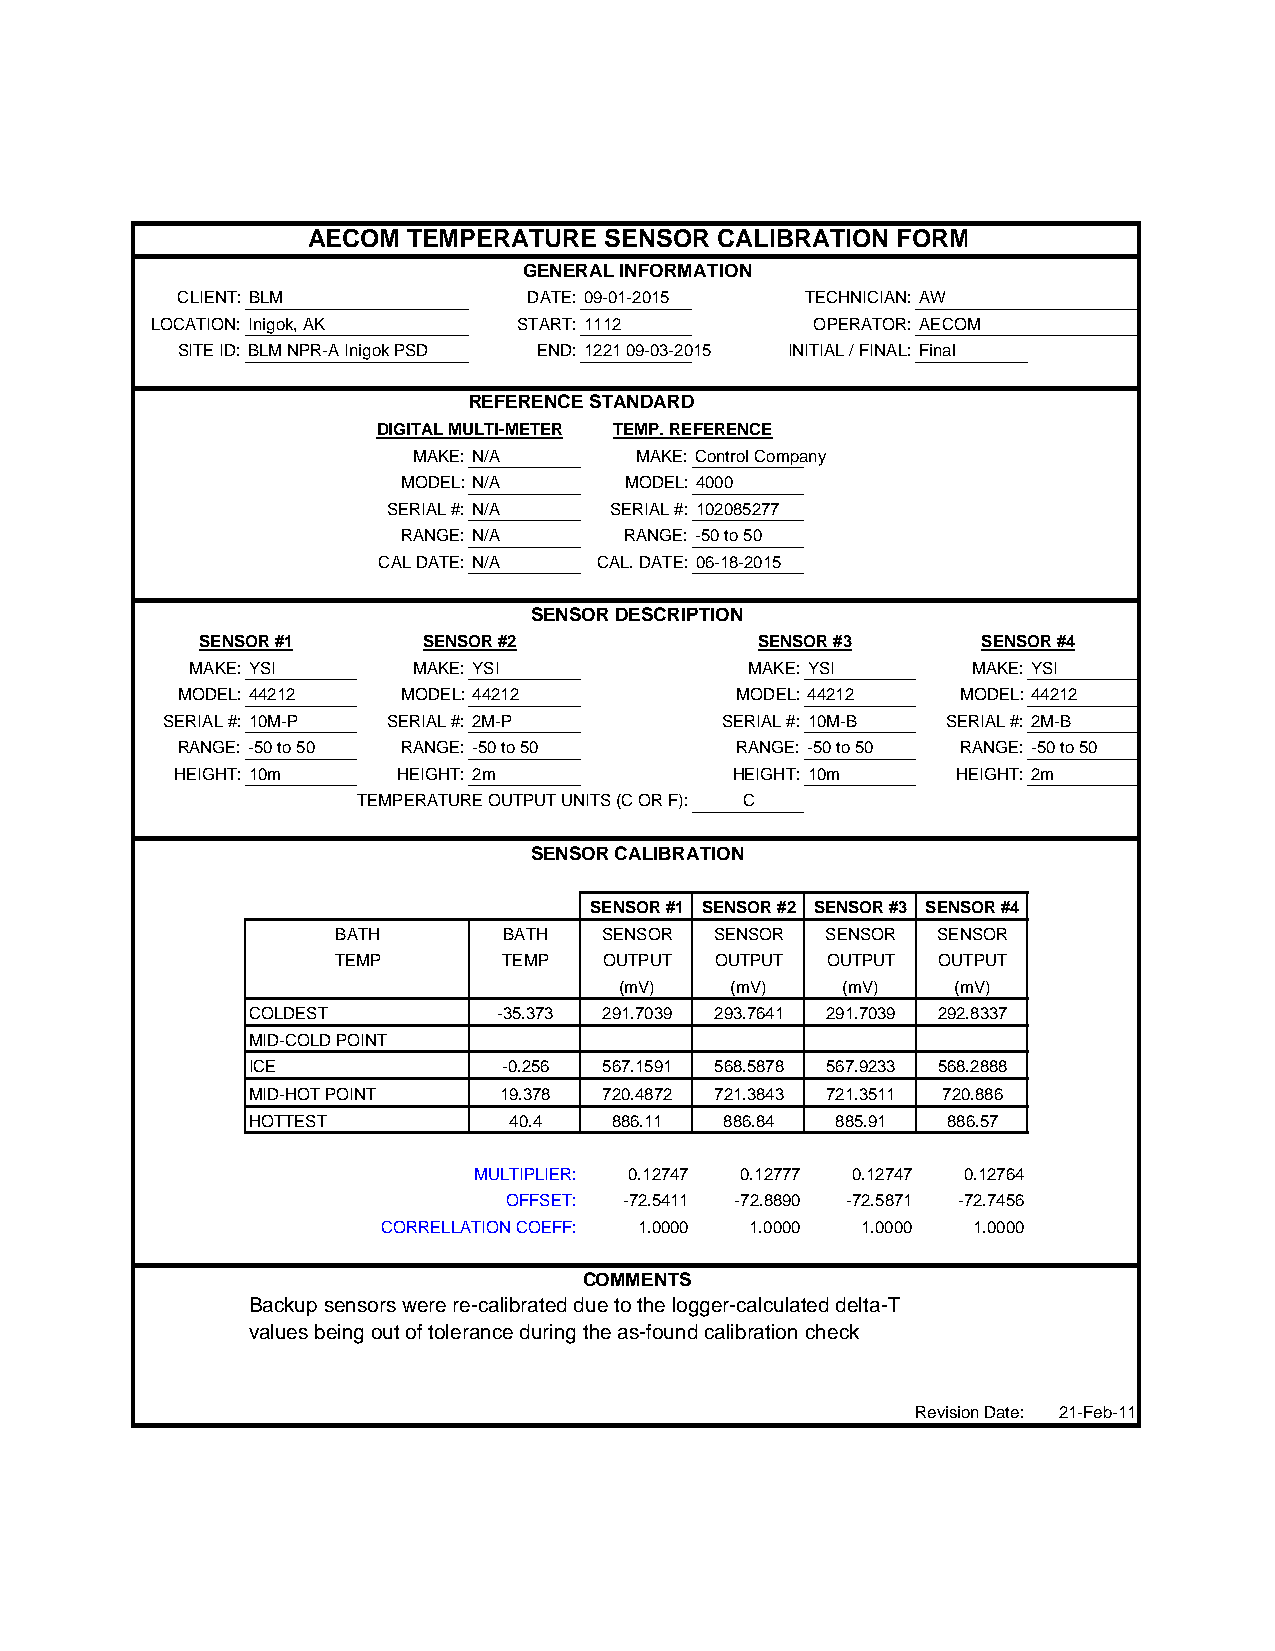
AECOM  TEMPERATURE  SENSOR CALIBRATION FORM
 GENERAL INFORMATION
 CLIENT: BLM            DATE: 09-01-2015  TECHNICIAN: AW
 LOCATION: Inigok, AK    START: 1112         OPERATOR: AECOM
 SITE ID: BLM NPR-A Inigok PSD END: 1221 09-03-2015 INITIAL / FINAL: Final
 REFERENCE STANDARD
 DIGITAL MULTI-METER TEMP. REFERENCE
 MAKE: N/A      MAKE: Control Company
 MODEL: N/A    MODEL: 4000
 SERIAL #: N/A SERIAL #: 102085277
 RANGE: N/A    RANGE: -50 to 50
 CAL DATE: N/A  CAL. DATE: 06-18-2015
 SENSOR DESCRIPTION
 SENSOR #1      SENSOR #2             SENSOR #3      SENSOR #4
 MAKE: YSI     MAKE: YSI              MAKE: YSI     MAKE: YSI
 MODEL: 44212   MODEL: 44212          MODEL: 44212   MODEL: 44212
 SERIAL #: 10M-P SERIAL #: 2M-P       SERIAL #: 10M-B SERIAL #: 2M-B
 RANGE: -50 to 50 RANGE: -50 to 50    RANGE: -50 to 50 RANGE: -50 to 50
 HEIGHT: 10m   HEIGHT: 2m            HEIGHT: 10m    HEIGHT: 2m
 TEMPERATURE OUTPUT UNITS (C OR F): C
 SENSOR CALIBRATION
 SENSOR #1 SENSOR #2 SENSOR #3 SENSOR #4
 BATH       BATH   SENSOR SENSOR  SENSOR SENSOR
 TEMP       TEMP   OUTPUT OUTPUT  OUTPUT OUTPUT
 (mV)   (mV)    (mV)   (mV)
 COLDEST          -35.373 291.7039 293.7641 291.7039 292.8337
 MID-COLD POINT
 ICE              -0.256 567.1591 568.5878 567.9233 568.2888
 MID-HOT POINT    19.378 720.4872 721.3843 721.3511 720.886
 HOTTEST           40.4   886.11 886.84 885.91  886.57
 MULTIPLIER: 0.12747 0.12777 0.12747 0.12764
 OFFSET: -72.5411 -72.8890 -72.5871 -72.7456
 CORRELLATION COEFF: 1.0000 1.0000 1.0000 1.0000
 COMMENTS
 Backup sensors were re-calibrated due to the logger-calculated delta-T
 values being out of tolerance during the as-found calibration check
 Revision Date: 21-Feb-11